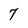
Character: 7